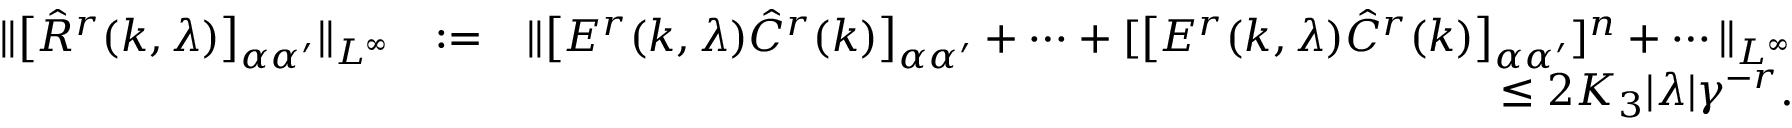
\begin{array} { r l r } { \Vert \big [ \hat { R } ^ { r } ( k , \lambda ) \big ] _ { \alpha \alpha ^ { \prime } } \Vert _ { L ^ { \infty } } } & { : = } & { \Vert \big [ { \cal E } ^ { r } ( k , \lambda ) \hat { C } ^ { r } ( k ) \big ] _ { \alpha \alpha ^ { \prime } } + \cdots + [ \big [ { \cal E } ^ { r } ( k , \lambda ) \hat { C } ^ { r } ( k ) \big ] _ { \alpha \alpha ^ { \prime } } ] ^ { n } + \cdots \Vert _ { L ^ { \infty } } } \\ & { } & { \le 2 K _ { 3 } | \lambda | \gamma ^ { - r } . } \end{array}